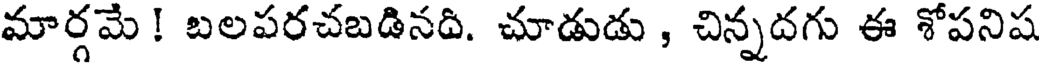
మార్గమే ! బలపరచబడినది. చూడుడు , చిన్నదగు ఈ శోపనిష